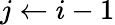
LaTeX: j\gets i-1